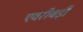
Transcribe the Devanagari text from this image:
एवरीबड़ी